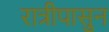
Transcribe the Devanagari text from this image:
रात्रीपासुन